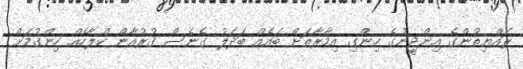
ރައްޔިތުންގެ އިންޖީނުގެ ހިންގި އިމާރާތަށް ބައެއް ބަދަލު ގެނެސް ޤުރުއާން ކްލާހެއް ހިންގުމަށް